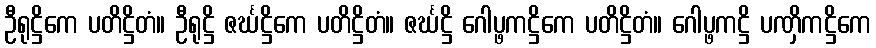
ဦရုဋ္ဌိကေ ပတိဋ္ဌိတံ။ ဦရုဋ္ဌိ ဇင်္ဃဋ္ဌိကေ ပတိဋ္ဌိတံ။ ဇင်္ဃဋ္ဌိ ဂေါပ္ဖကဋ္ဌိကေ ပတိဋ္ဌိတံ။ ဂေါပ္ဖကဋ္ဌိ ပဏှိကဋ္ဌိကေ